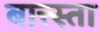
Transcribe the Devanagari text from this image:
बात्त्स्ता